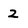
Character: z